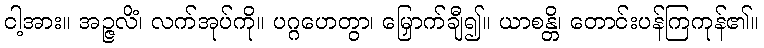
ငါ့အား။ အဉ္ဇလိံ၊ လက်အုပ်ကို။ ပဂ္ဂဟေတွာ၊ မြှောက်ချီ၍။ ယာစန္တိ၊ တောင်းပန်ကြကုန်၏။